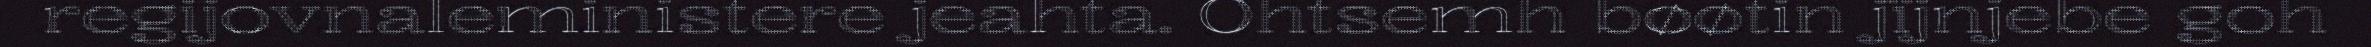
regijovnaleministere jeahta. Ohtsemh bøøtin jïjnjebe goh